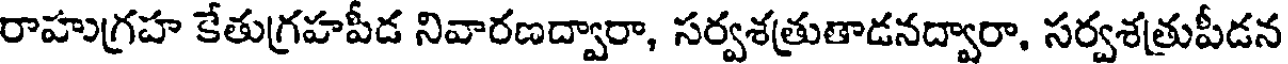
రాహుగ్రహ కేతుగ్రహపీడ నివారణద్వారా, సర్వశత్రుతాడనద్వారా, సర్వశత్రుపీడన